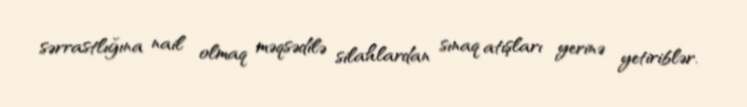
sərrastlığına nail olmaq məqsədilə silahlardan sınaq atışları yerinə yetiriblər.